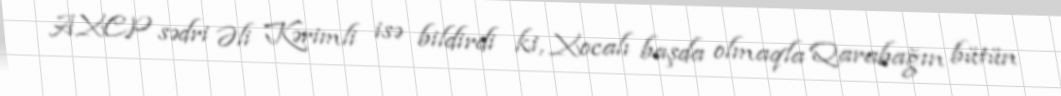
AXCP sədri Əli Kərimli isə bildirdi ki, Xocalı başda olmaqla Qarabağın bütün